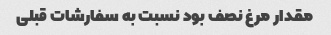
مقدار مرغ نصف بود نسبت به سفارشات قبلی